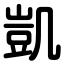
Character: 凱